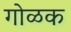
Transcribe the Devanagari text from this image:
गोळक